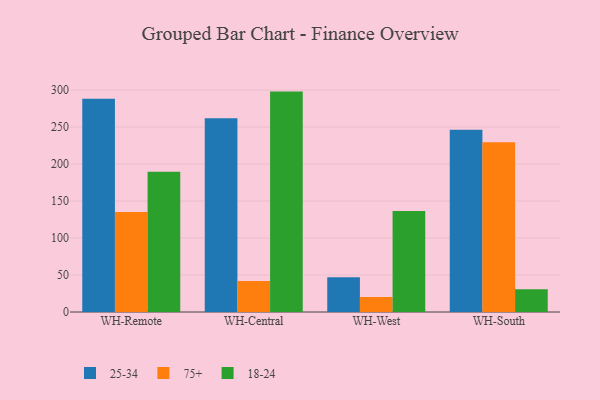
{"axis": {"x": "Warehouse", "y": "Energy Usage (MWh)"}, "legend": ["18-24", "25-34", "75+"], "data": [{"x": "WH-Remote", "y": 288.4, "type": "25-34"}, {"x": "WH-Remote", "y": 135.3, "type": "75+"}, {"x": "WH-Remote", "y": 189.6, "type": "18-24"}, {"x": "WH-Central", "y": 262.1, "type": "25-34"}, {"x": "WH-Central", "y": 41.9, "type": "75+"}, {"x": "WH-Central", "y": 298.0, "type": "18-24"}, {"x": "WH-West", "y": 46.9, "type": "25-34"}, {"x": "WH-West", "y": 20.4, "type": "75+"}, {"x": "WH-West", "y": 136.6, "type": "18-24"}, {"x": "WH-South", "y": 246.4, "type": "25-34"}, {"x": "WH-South", "y": 229.4, "type": "75+"}, {"x": "WH-South", "y": 30.8, "type": "18-24"}]}